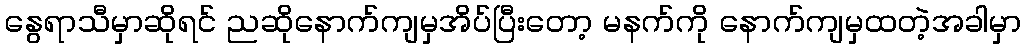
နွေရာသီမှာဆိုရင် ညဆိုနောက်ကျမှအိပ်ပြီးတော့ မနက်ကို နောက်ကျမှထတဲ့အခါမှာ